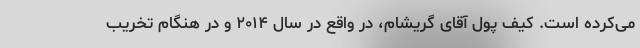
می‌کرده است. کیف پول آقای گریشام، در واقع در سال ۲۰۱۴ و در هنگام تخریب